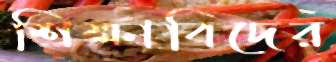
শিক্ষাবিদের